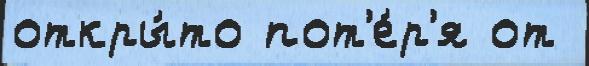
откры́то пот'е́р'я от